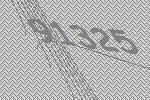
91325